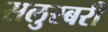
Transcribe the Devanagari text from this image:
सलुस्बरी